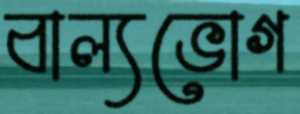
বাল্যভোগ